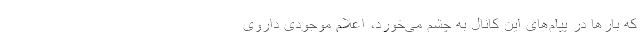
که بارها در پیام‌های این کانال به چشم می‌خورد، اعلام موجودی داروی